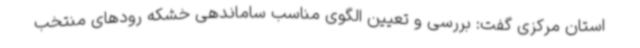
استان مرکزی گفت: بررسی و تعیین الگوی مناسب ساماندهی خشکه رودهای منتخب